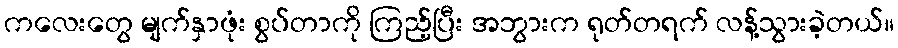
ကလေးတွေ မျက်နှာဖုံး စွပ်တာကို ကြည့်ပြီး အဘွားက ရုတ်တရက် လန့်သွားခဲ့တယ်။